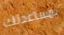
بمساعدتك